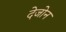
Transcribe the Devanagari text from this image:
देजोन